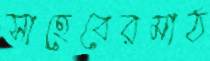
সাহেবেরমাঠ